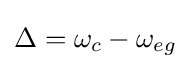
\Delta =\omega _{c}-\omega _{eg}